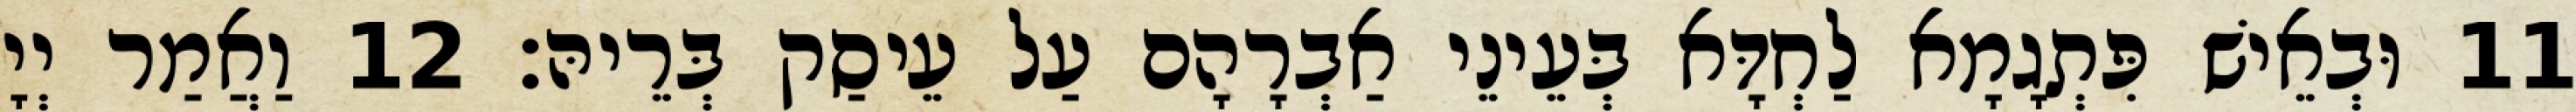
11 וּבְאֵישׁ פִּתְגָמָא לַחְדָּא בְּעֵינֵי אַבְרָהָם עַל עֵיסַק בְּרֵיהּ׃ 12 וַאֲמַר יְיָ